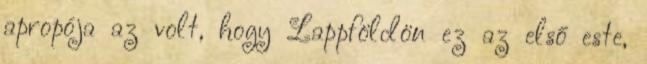
apropója az volt, hogy Lappföldön ez az első este,